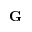
\mathbf { G }